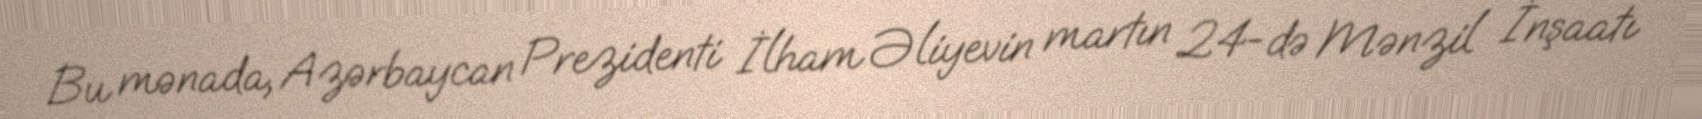
Bu mənada, Azərbaycan Prezidenti İlham Əliyevin martın 24-də Mənzil İnşaatı